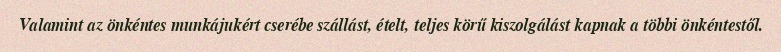
Valamint az önkéntes munkájukért cserébe szállást, ételt, teljes körű kiszolgálást kapnak a többi önkéntestől.